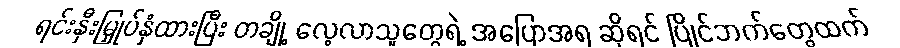
ရင်းနှီးမြှုပ်နှံထားပြီး တချို့ လေ့လာသူတွေရဲ့ အပြောအရ ဆိုရင် ပြိုင်ဘက်တွေထက်